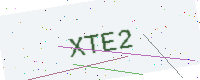
Text: XTE2